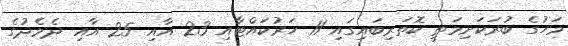
މަހުގެ ބުރަކަށިމަތީ ކޮތަރިބައިގައި 11 ހަރުކައްޓާއި 23 އާއި 25 އާއި ދެމެދުގެ